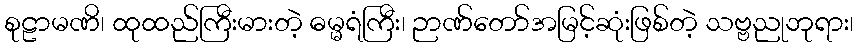
စုဠာမဏိ၊ ထုထည်ကြီးမားတဲ့ ဓမ္မရံကြီး၊ ဉာဏ်တော်အမြင့်ဆုံးဖြစ်တဲ့ သဗ္ဗညုဘုရား၊